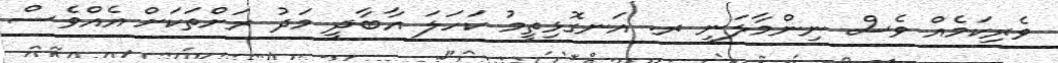
ވެރިކަމެއް ވެސް ނިންމާލަނީ ރ. އަނގޮޅިތީމު ކަހަލަ އާބާދީ މަދު ރަށްތަކަށް އެއްވެސް